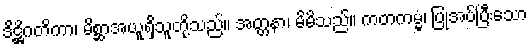
ဒိဋ္ဌိဂတိကာ၊ မိစ္ဆာအယူရှိသူတို့သည်။ အတ္တနာ၊ မိမိသည်။ ကတကမ္မံ၊ ပြုအပ်ပြီးသော